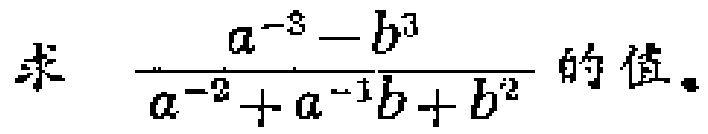
求 $\frac{a^{-3}-b^{3}}{a^{-2}+a^{-1}b + b^{2}}$ 的值。